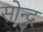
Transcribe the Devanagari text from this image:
सोन्द्रु